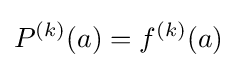
P^{(k)}(a)=f^{(k)}(a)